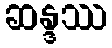
ဆန္ဒဿ